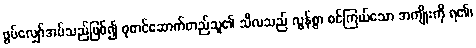
ဖွပ်လျှော်အပ်သည်ဖြစ်၍ ဓုတင်ဆောက်တည်သူ၏ သီလသည် လွန်စွာ စင်ကြယ်သော အကျိုးကို ရ၏၊